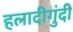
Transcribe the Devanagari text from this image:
हलादीगुंदी